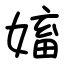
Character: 㜅